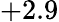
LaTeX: +2.9